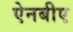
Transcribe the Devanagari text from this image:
ऐनबीए